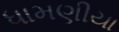
ધામણીયા